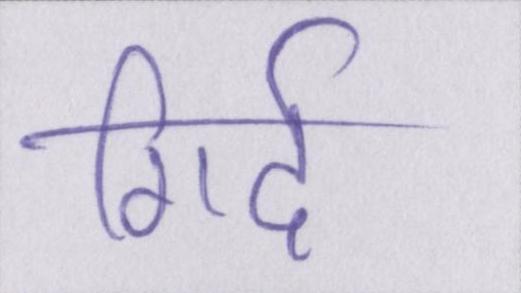
गिर्द